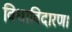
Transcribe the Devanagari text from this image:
विधाविदारण।